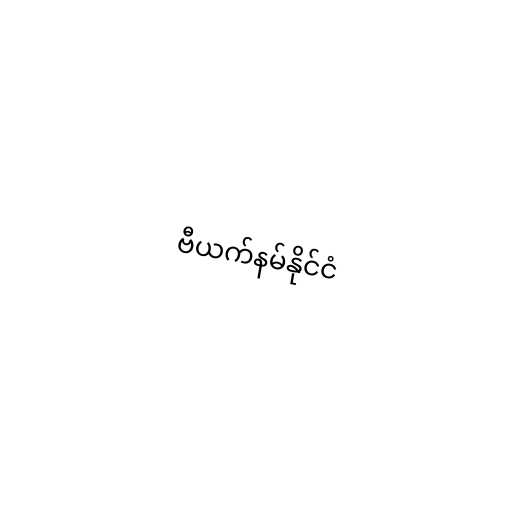
ဗီယက်နမ်နိုင်ငံ